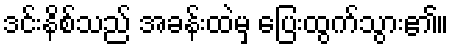
ဒင်းနိစ်သည် အခန်းထဲမှ ပြေးထွက်သွား၏။